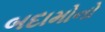
બદામોનો